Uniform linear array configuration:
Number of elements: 12
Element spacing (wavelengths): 1
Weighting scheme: cosine
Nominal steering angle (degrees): -30
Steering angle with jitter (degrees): -29.295
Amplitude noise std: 0.05
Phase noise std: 0.05

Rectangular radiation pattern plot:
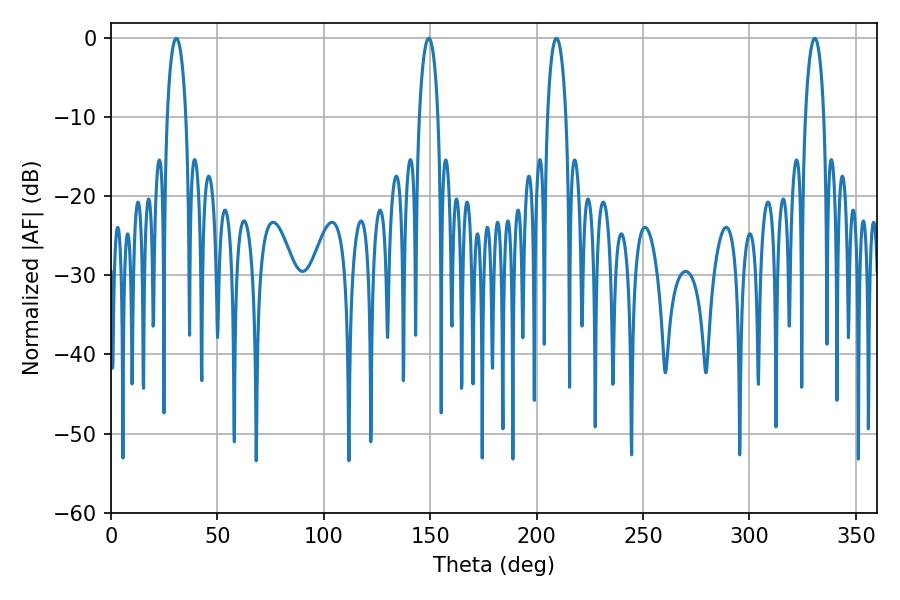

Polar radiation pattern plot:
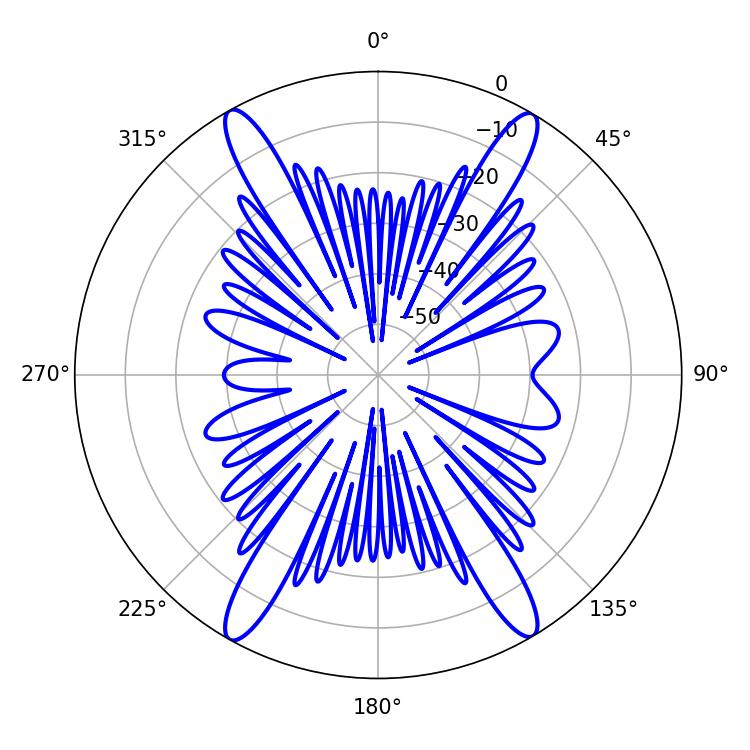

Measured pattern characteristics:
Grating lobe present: TRUE
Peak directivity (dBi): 24.693
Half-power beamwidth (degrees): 5.04
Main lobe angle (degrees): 330.66